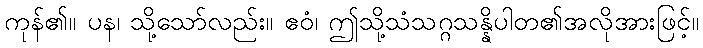
ကုန်၏။ ပန၊ သို့သော်လည်း။ ဧဝံ၊ ဤသို့သံသဂ္ဂသန္နိပါတ၏အလိုအားဖြင့်။